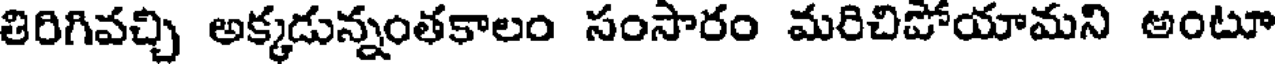
తిరిగివచ్చి అక్కడున్నంతకాలం సంసారం మరిచిపోయామని అంటూ